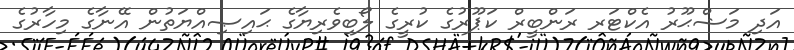
އަދި މަޝްޙޫރު އެކްޓަރ ރަންބީރް ކަޕޫރުގެ ކުރީގެ ލޯބިވެރިޔާގެ ޙައިޞިއްޔަތުން އޭނާގެ މިހާރުގެ